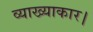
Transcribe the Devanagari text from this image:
व्याख्याकार।